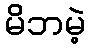
မိဘမဲ့